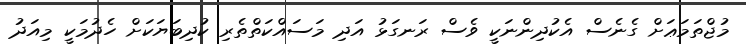
މުޖްތަމަޢަށް ގެނެސް އެކުދިންނަކީ ވެސް ރަނގަޅު އަދި މަސައްކަތްތެރި ކުދިބަޔަކަށް ހެދުމަކީ މިއަދު